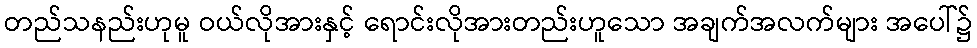
တည်သနည်းဟုမူ ဝယ်လိုအားနှင့် ရောင်းလိုအားတည်းဟူသော အချက်အလက်များ အပေါ်၌